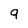
Character: 9